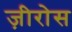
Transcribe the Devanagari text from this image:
ज़ीरोस